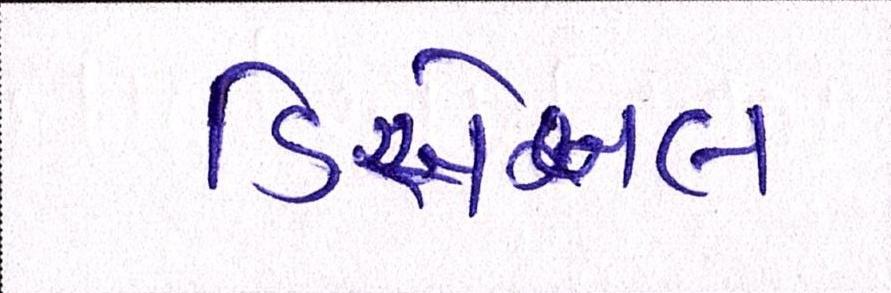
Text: ડિસેબલ